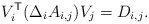
\begin{align*}V_i^{\mathsf{T}} (\Delta_iA_{i,j}) V_j = D_{i,j}.\end{align*}